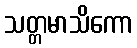
သတ္တမာသိကော